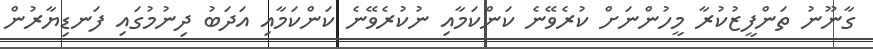
ގާނޫނު ތަންފީޒުކުރާ މީހުންނަށް ކުރެވޭނެ ކަންކަމާއި ނުކުރެވޭނެ ކަންކަމާއި އަދަބު ދިނުމުގައި ފަނޑިޔާރުން